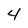
Character: 4